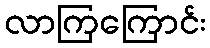
လာကြကြောင်း